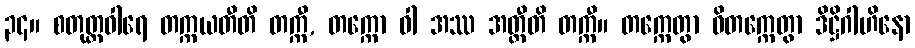
၃၄။ စတုတ္ထဝါရေ တက္ကယတီတိ တက္ကီ, တက္ကော ဝါ အဿ အတ္ထီတိ တက္ကီ။ တက္ကေတွာ ဝိတက္ကေတွာ ဒိဋ္ဌိဂါဟိနော